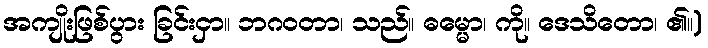
အကျိုးဖြစ်ပွား ခြင်းငှာ။ ဘဂဝတာ၊ သည်။ ဓမ္မော၊ ကို။ ဒေသိတော၊ ၏။)